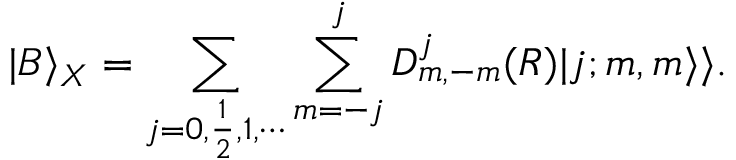
| B \rangle _ { X } = \sum _ { j = 0 , \frac { 1 } { 2 } , 1 , \cdots } \sum _ { m = - j } ^ { j } D _ { m , - m } ^ { j } ( R ) | j ; m , m \rangle \rangle .